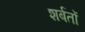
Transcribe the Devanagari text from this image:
शर्बतों